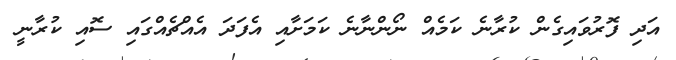
އަދި ފޮރުވައިގެން ކުރާނެ ކަމެއް ނޯންނާނެ ކަމަށާއި އެފަދަ އެއްޗެއްގައި ސޮއި ކުރާނީ